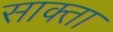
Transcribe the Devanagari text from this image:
साक्ता